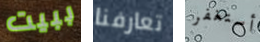
ببيت تعارفنا أستغفر